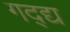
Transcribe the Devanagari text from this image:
गद्द्य